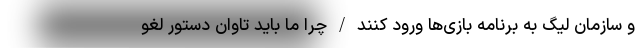
و سازمان لیگ به برنامه بازی‌ها ورود کنند/چرا ما باید تاوان دستور لغو